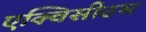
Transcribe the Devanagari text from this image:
एक्विसीटम